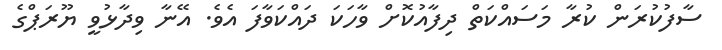
ސާފުކުރަން ކުރާ މަސައްކަތް ދިފާއުކޮށް ވާހަކަ ދައްކަވާފަ އެވެ. އޭނާ ވިދާޅުވީ ޔޫރަޕްގެ